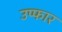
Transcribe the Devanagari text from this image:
उप्फार